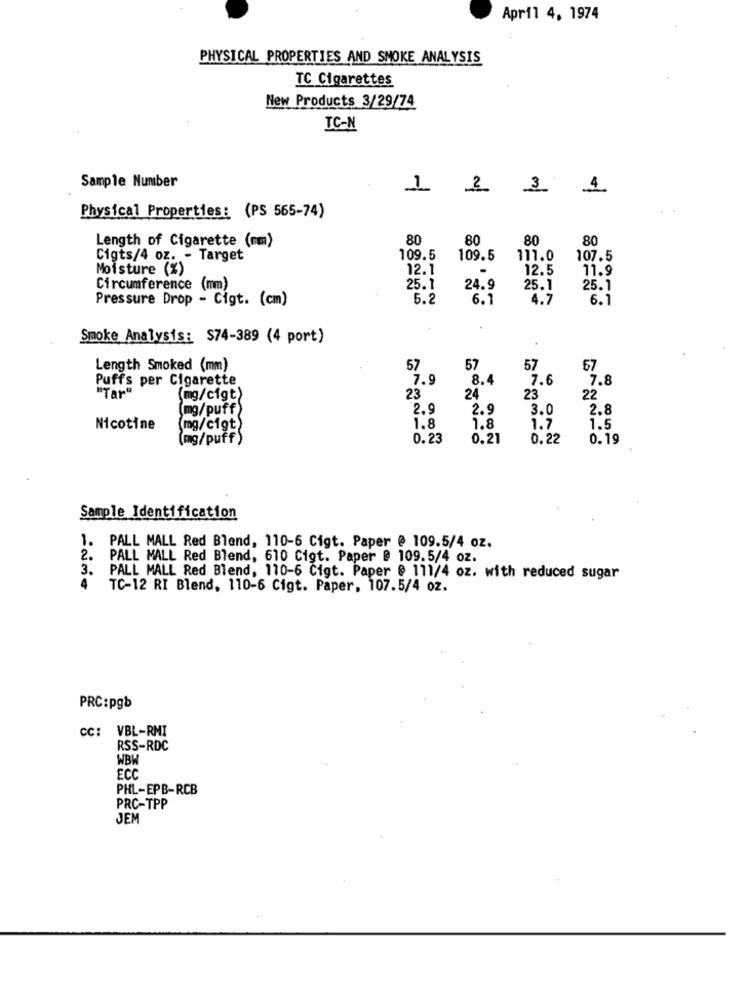
April 4, 1974
PHYSICAL PROPERTIES AND SMOKE ANALYSIS
TC Cigarettes
New Products 3/29/74
IC-N
Sample Number
1
2
3
4
Physical Properties: (PS 565-74)
Length of Cigarette (mm)
80
80
80
80
Cigts/4 oz. - Target
109.5
109.5
111.0
107.5
Moisture (%)
12.1
12.5
11.9
Circumference (mm)
25.1
24.9
25.1
25.1
Pressure Drop - Cigt. (cm)
5.2
6.1
4.7
6.1
Smoke Analysis: $74-389 (4 port)
Length Smoked (mm)
57
57
57
67
Puffs per Cigarette
7.9
8.4
7.6
7.8
"Tar"
(mg/cigt)
23
24
23
22
[mg/puff)
2.9
2.9
3.0
2.8
Nicotine
(mg/cigt)
1.8
1.8
1.7
1.5
(mg/puff)
0.23
0.21
0.22
0.19
Sample Identification
1. PALL MALL Red Blend, 110-6 Cigt. Paper @ 109.5/4 oz.
2. PALL MALL Red Blend, 610 Cigt. Paper @ 109.5/4 oz.
3.
PALL MALL Red Blend, 110-6 Cigt. Paper @ 111/4 oz. with reduced sugar
4
TC-12 RI Blend, 110-6 Cigt. Paper, 107.5/4 oz.
PRC:pgb
CC: VBL-RMI
RSS-RDC
WBW
ECC
PHL-EPB-RCB
PRC-TPP
JEM